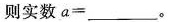
则实数$$a =___$$。